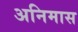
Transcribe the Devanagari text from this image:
अनिमास